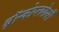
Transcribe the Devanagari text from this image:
ब्रॉन्कोप्लमोनरी